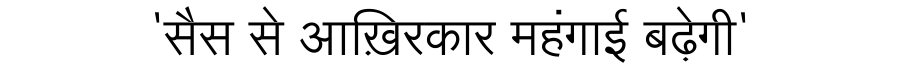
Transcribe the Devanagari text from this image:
'सैस से आख़िरकार महंगाई बढ़ेगी'